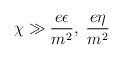
LaTeX: \begin{align*}\chi \gg \frac{e\epsilon}{m^2},\; \frac{e\eta}{m^2}\end{align*}